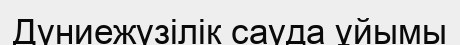
Дүниежүзілік сауда ұйымы